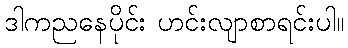
ဒါကညနေပိုင်း ဟင်းလျာစာရင်းပါ။